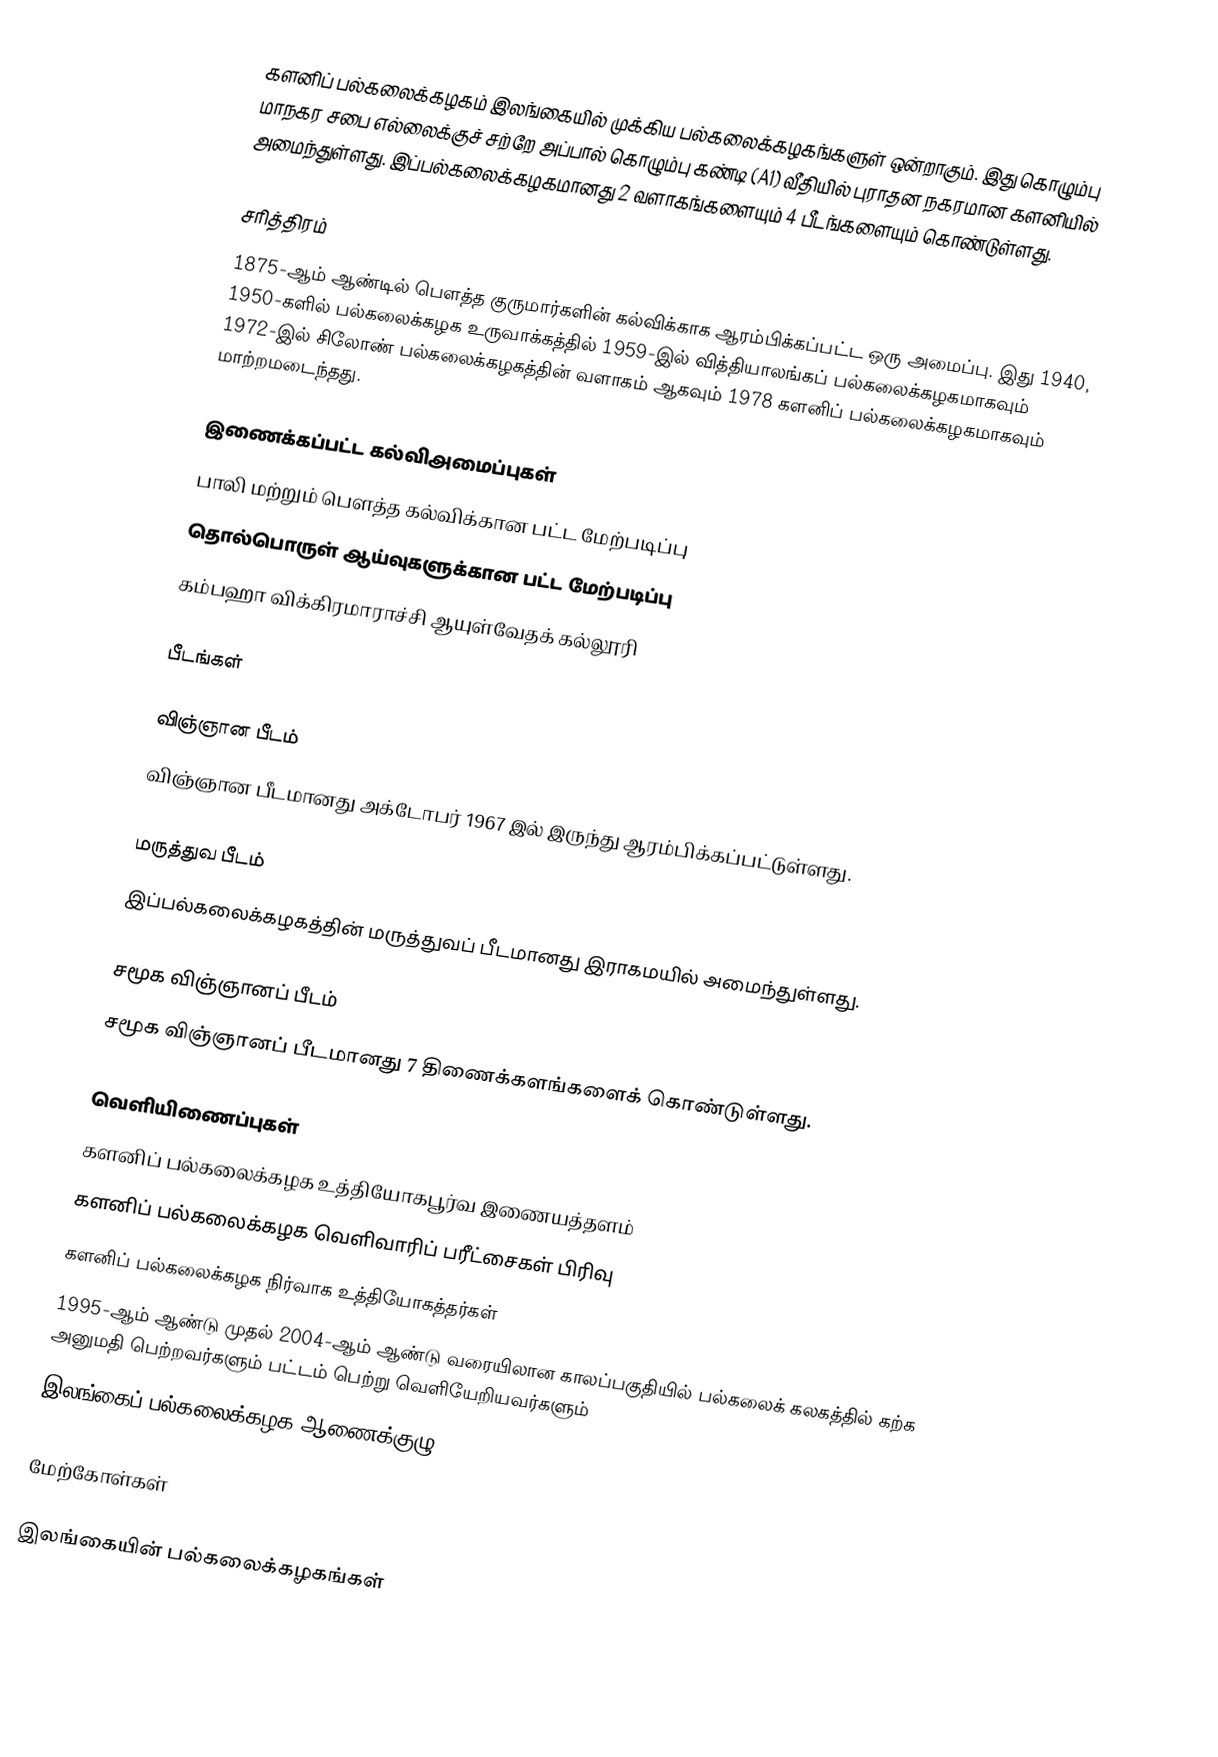
களனிப் பல்கலைக்கழகம் இலங்கையில் முக்கிய பல்கலைக்கழகங்களுள் ஒன்றாகும். இது கொழும்பு மாநகர சபை எல்லைக்குச் சற்றே அப்பால் கொழும்பு கண்டி (A1) வீதியில் புராதன நகரமான களனியில் அமைந்துள்ளது. இப்பல்கலைக்கழகமானது 2 வளாகங்களையும் 4 பீடங்களையும் கொண்டுள்ளது.

சரித்திரம்
1875-ஆம் ஆண்டில் பௌத்த குருமார்களின் கல்விக்காக ஆரம்பிக்கப்பட்ட ஒரு அமைப்பு. இது 1940, 1950-களில் பல்கலைக்கழக உருவாக்கத்தில் 1959-இல் வித்தியாலங்கப் பல்கலைக்கழகமாகவும் 1972-இல் சிலோண் பல்கலைக்கழகத்தின் வளாகம் ஆகவும் 1978 களனிப் பல்கலைக்கழகமாகவும் மாற்றமடைந்தது.

இணைக்கப்பட்ட கல்விஅமைப்புகள்
 பாலி மற்றும் பௌத்த கல்விக்கான பட்ட மேற்படிப்பு
 தொல்பொருள் ஆய்வுகளுக்கான பட்ட மேற்படிப்பு
 கம்பஹா விக்கிரமாராச்சி ஆயுள்வேதக் கல்லூரி

பீடங்கள்

விஞ்ஞான பீடம்
விஞ்ஞான பீடமானது அக்டோபர் 1967 இல் இருந்து ஆரம்பிக்கப்பட்டுள்ளது.

மருத்துவ பீடம்
இப்பல்கலைக்கழகத்தின் மருத்துவப் பீடமானது இராகமயில் அமைந்துள்ளது.

சமூக விஞ்ஞானப் பீடம்
சமூக விஞ்ஞானப் பீடமானது 7 திணைக்களங்களைக் கொண்டுள்ளது.

வெளியிணைப்புகள்
 களனிப் பல்கலைக்கழக உத்தியோகபூர்வ இணையத்தளம்
 களனிப் பல்கலைக்கழக வெளிவாரிப் பரீட்சைகள் பிரிவு
 களனிப் பல்கலைக்கழக நிர்வாக உத்தியோகத்தர்கள்
 1995-ஆம் ஆண்டு முதல் 2004-ஆம் ஆண்டு வரையிலான காலப்பகுதியில் பல்கலைக் கலகத்தில் கற்க அனுமதி பெற்றவர்களும் பட்டம் பெற்று வெளியேறியவர்களும்
 இலங்கைப் பல்கலைக்கழக ஆணைக்குழு

மேற்கோள்கள்

இலங்கையின் பல்கலைக்கழகங்கள்